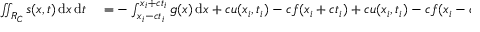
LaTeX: \begin{array} { r l } { \iint _ { R _ { C } } s ( x , t ) \, \mathrm { d } x \, \mathrm { d } t } & { { } = - \int _ { x _ { i } - c t _ { i } } ^ { x _ { i } + c t _ { i } } g ( x ) \, \mathrm { d } x + c u ( x _ { i } , t _ { i } ) - c f ( x _ { i } + c t _ { i } ) + c u ( x _ { i } , t _ { i } ) - c f ( x _ { i } - c t _ { i } ) } \end{array}